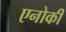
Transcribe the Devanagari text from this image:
एनोकी